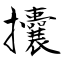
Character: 攮